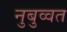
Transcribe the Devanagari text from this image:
नुबुव्वत